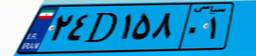
۱۹D۳۲۳۴۳